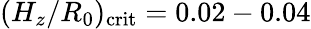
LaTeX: (H_{z}/R_{0})_{\mathrm{crit}}=0.02-0.04